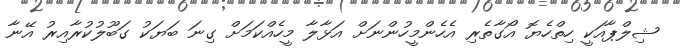
ޝިލްޕާއަކީ ހިތްހެޔޮ އޯގާތެރި އެހެންމީހުންނަށް އަޅާލާ މީހެއްކަމަށް ގިނަ ބަޔަކު ގަބޫލުކުރާއިރު އޭނާ